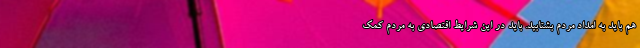
هم باید به امداد مردم بشتابید. باید در این شرایط اقتصادی به مردم کمک